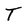
Character: T